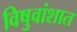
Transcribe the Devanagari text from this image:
विषुवांशात